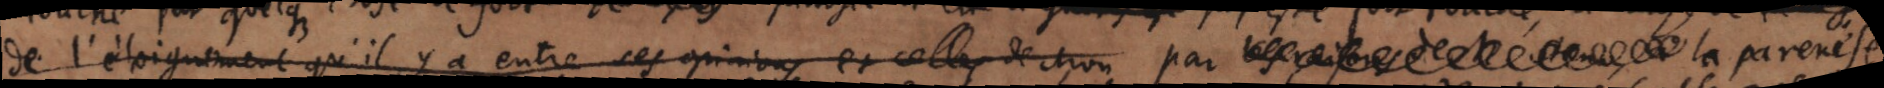
de l’éloignement qu’il y a entre ses opinions et celles de Mon par les raisons de _ la parenése